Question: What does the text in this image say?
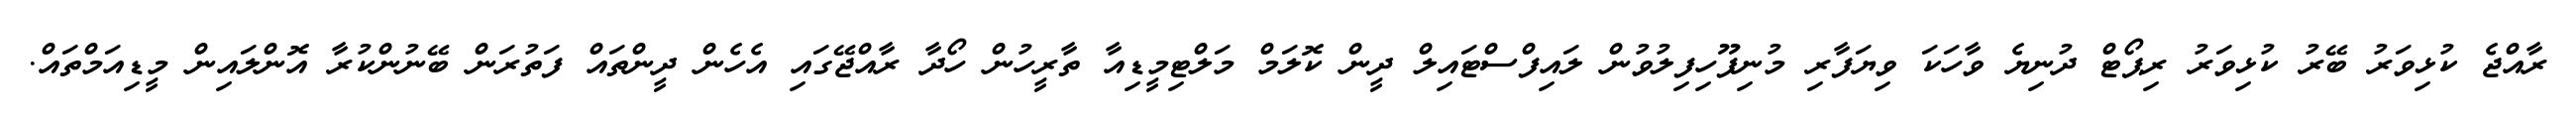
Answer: ރާއްޖެ ކުޅިވަރު ބޭރު ކުޅިވަރު ރިޕޯޓް ދުނިޔެ ވާހަކަ ވިޔަފާރި މުނިފޫހިފިލުވުން ލައިފްސްޓައިލް ދީން ކޮލަމް މަލްޓިމީޑިއާ ތާރީހުން ހޯދާ ރާއްޖޭގައި އެހެން ދީންތައް ފަތުރަން ބޭނުންކުރާ އޮންލައިން މީޑިއަމްތައް.